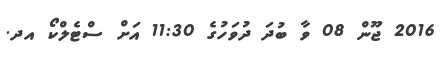
2016 ޖޫން 08 ވާ ބުދަ ދުވަހުގެ 11:30 އަށް ސްޓެލްކޯ އދ.